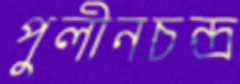
পুলীনচন্দ্র